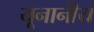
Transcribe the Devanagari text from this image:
यूनानीय